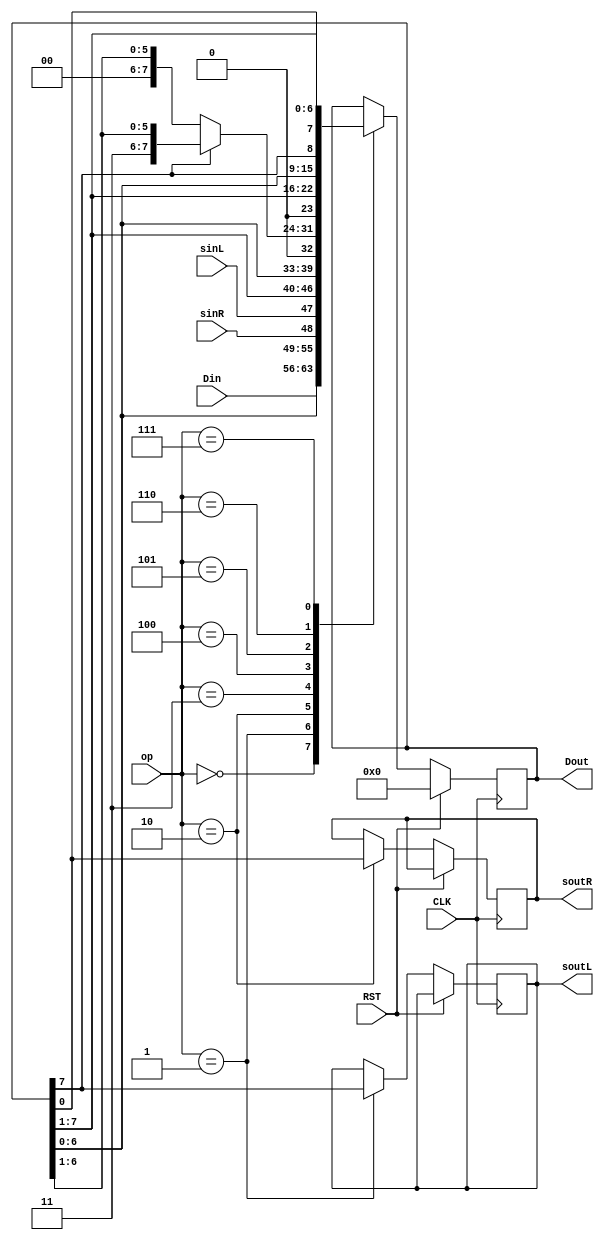
`timescale 1ns / 1ps
//////////////////////////////////////////////////////////////////////////////////
// Company: 
// Engineer: 
// 
// Design Name: 
// Module Name:    HW3_2 
// Project Name: 
// Target Devices: 
// Tool versions: 
// Description: 
//
// Dependencies: 
//
// Revision: 
// Revision 0.01 - File Created
// Additional Comments: 
//
//////////////////////////////////////////////////////////////////////////////////
module HW3_2 #(parameter SZE = 8)
	(
	input [3:0] op,
	input CLK,
	input RST,
	input sinR,
	input sinL,
	input [SZE-1:0] Din,
	output reg[SZE-1:0] Dout,
	output reg soutR,
	output reg soutL
	);

	always @(posedge CLK)
	begin
		if(RST) begin
			Dout <= {SZE{1'b0}};
		end
		else begin
			case(op)
			//load Din
			0: Dout <= Din; 
			
			//load serial right
			1: begin 
					Dout <= {Dout[SZE-2:0], sinR}; 
					soutL <= Dout[SZE-1];
				end
			
			//load serial left			
			2: begin 
					Dout <= {sinL, Dout[SZE-1:1]}; 
					soutR <= Dout[0];
				end
			
			//logical shift left			
			3: Dout <= {Dout[SZE-2:0], 1'b0};
			
			//arithmetic shift right
			4: begin 
					if(Dout[SZE-1] == 1'b1)
						Dout <= {1'b1, Dout[SZE-1:1]}; 
					else
						Dout <= {1'b0, Dout[SZE-1:1]};
				end 
				
			//logical shift right	
			5: Dout <= {1'b0, Dout[SZE-1:1]};

			//rotate left
			6: Dout <= {Dout[SZE-2:0],Dout[SZE-1]};
			
			//rotate right
			7: Dout <= {Dout[0],Dout[SZE-1:1]};
			
			default: Dout <= Dout;
			
			endcase
		end	
	end
	

endmodule